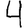
Digit: 4